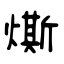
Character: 燍